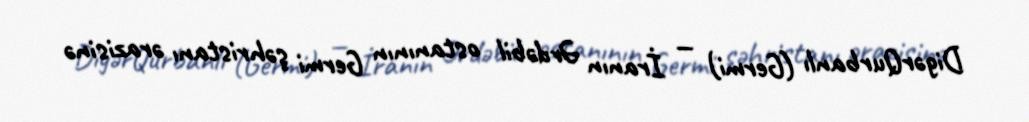
DigərQurbanlı (Germi) — İranın Ərdəbil ostanının Germi şəhristanı ərazisinə